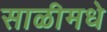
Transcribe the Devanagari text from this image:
साळीमधे